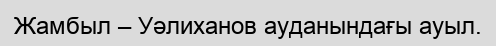
Жамбыл – Уәлиханов ауданындағы ауыл.